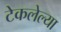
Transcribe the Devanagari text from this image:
टेकलेल्या